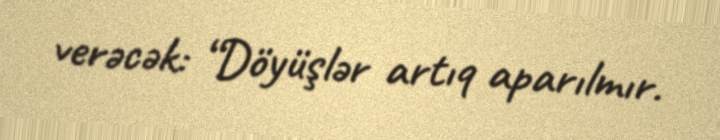
verəcək: “Döyüşlər artıq aparılmır.